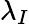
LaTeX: \lambda_{I}